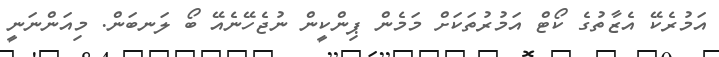
އަމުރެކޭ އެޒާތުގެ ކޯޓް އަމުރުތަކަށް މަމެން ޕިންކީން ނުޖެހޭނެއޭ ބޯ ލަނބަން. މިއަންނަނީ